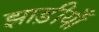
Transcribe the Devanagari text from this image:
झाड़ीयाँ